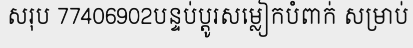
សរុប 77406902បន្ទប់ប្តូរសម្លៀកបំពាក់ សម្រាប់